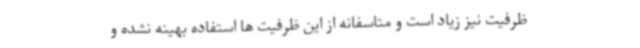
ظرفیت نیز زیاد است و متاسفانه از این ظرفیت ها استفاده بهینه نشده و